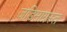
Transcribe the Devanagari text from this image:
जडिमाग्रस्त